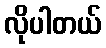
လိုပါတယ်